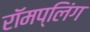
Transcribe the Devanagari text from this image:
रॉमप्लिंग